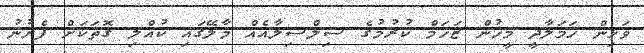
ވަޅިން ހަމަލާދީ މީހުން ޒަހަމް ކުރުމުގެ ސިލްސިލާއެއް މާލޭގައި ކުއްލި ގޮތަކަށް ފެށުނު